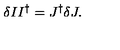
\delta I I ^ { \dagger } = J ^ { \dagger } \delta J .